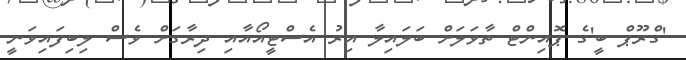
'ގްރޫޕް ބީ'ގެ ޕޮއިންޓް ތާވަލަށް ބަލައިލާ އިރު އެސްޓީއޯއާއި ދިރާގަށް ވެސް ލިބިފައިވަނީ